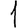
Digit: 1